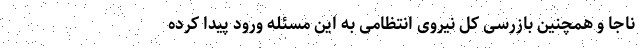
ناجا و همچنین بازرسی کل نیروی انتظامی به این مسئله ورود پیدا کرده